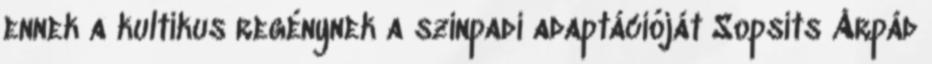
ennek a kultikus regénynek a színpadi adaptációját Sopsits Árpád